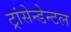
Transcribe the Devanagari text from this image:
ट्रांसेन्डेन्टल